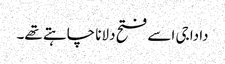
دادا جی اسے فتح دلانا چاہتے تھے۔